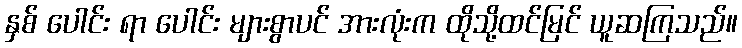
နှစ် ပေါင်း ရာ ပေါင်း များစွာပင် အားလုံးက ထိုသို့ထင်မြင် ယူဆကြသည်။